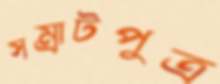
সম্রাটপুত্র